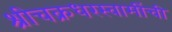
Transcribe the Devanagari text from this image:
श्रीचक्रधरस्वामींची